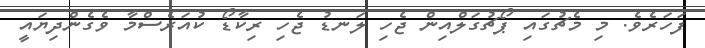
ފަހަރެވެ. މި މެޗުގައި ޕޯޗުގަލްއިން ޖެހި ލަނޑު ޖެހި ރިކާޑޯ ކުއަރެސްމާ ވެގެންދިޔައީ